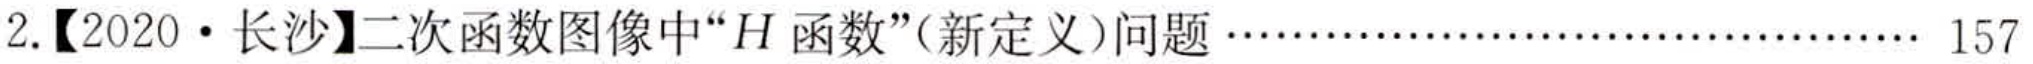
2.【2020 • 长沙】二次函数图像中“\(H\)函数”(新定义)问题………………………… 157